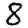
Digit: 8